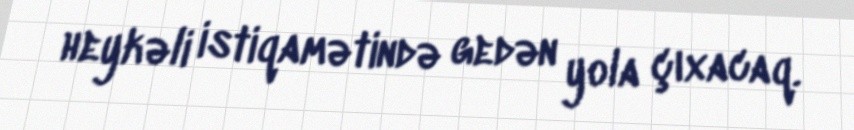
heykəli istiqamətində gedən yola çıxacaq.